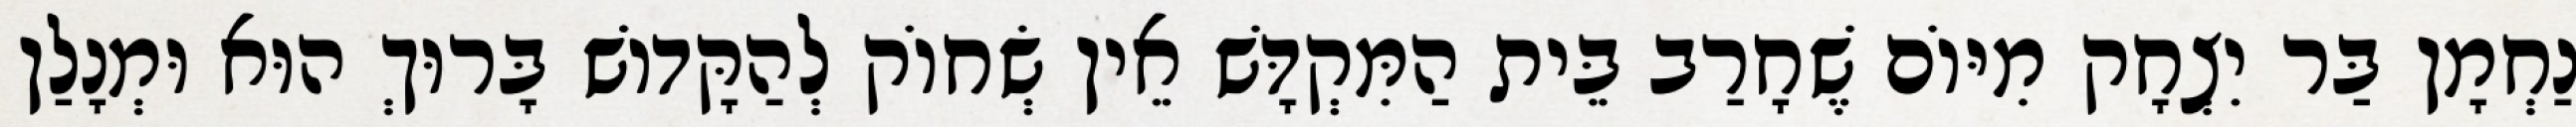
נַחְמָן בַּר יִצְחָק מִיּוֹם שֶׁחָרַב בֵּית הַמִּקְדָּשׁ אֵין שְׂחוֹק לְהַקָּדוֹשׁ בָּרוּךְ הוּא וּמְנָלַן